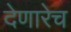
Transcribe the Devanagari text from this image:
देणारेच